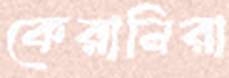
কেরানিরা